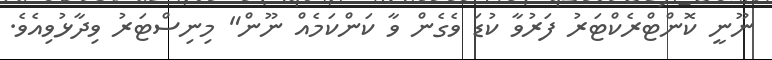
ނޫނީ ކޮންޓްރެކްޓަރު ފަރުވާ ކުޑަ ވެގެން ވާ ކަންކަމެއް ނޫން" މިނިސްޓަރު ވިދާޅުވިއެވެ.